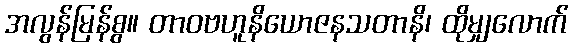
အလွန်မြန်စွ။ တာဝဗဟူနိယောဇနသတာနိ၊ ထိုမျှလောက်